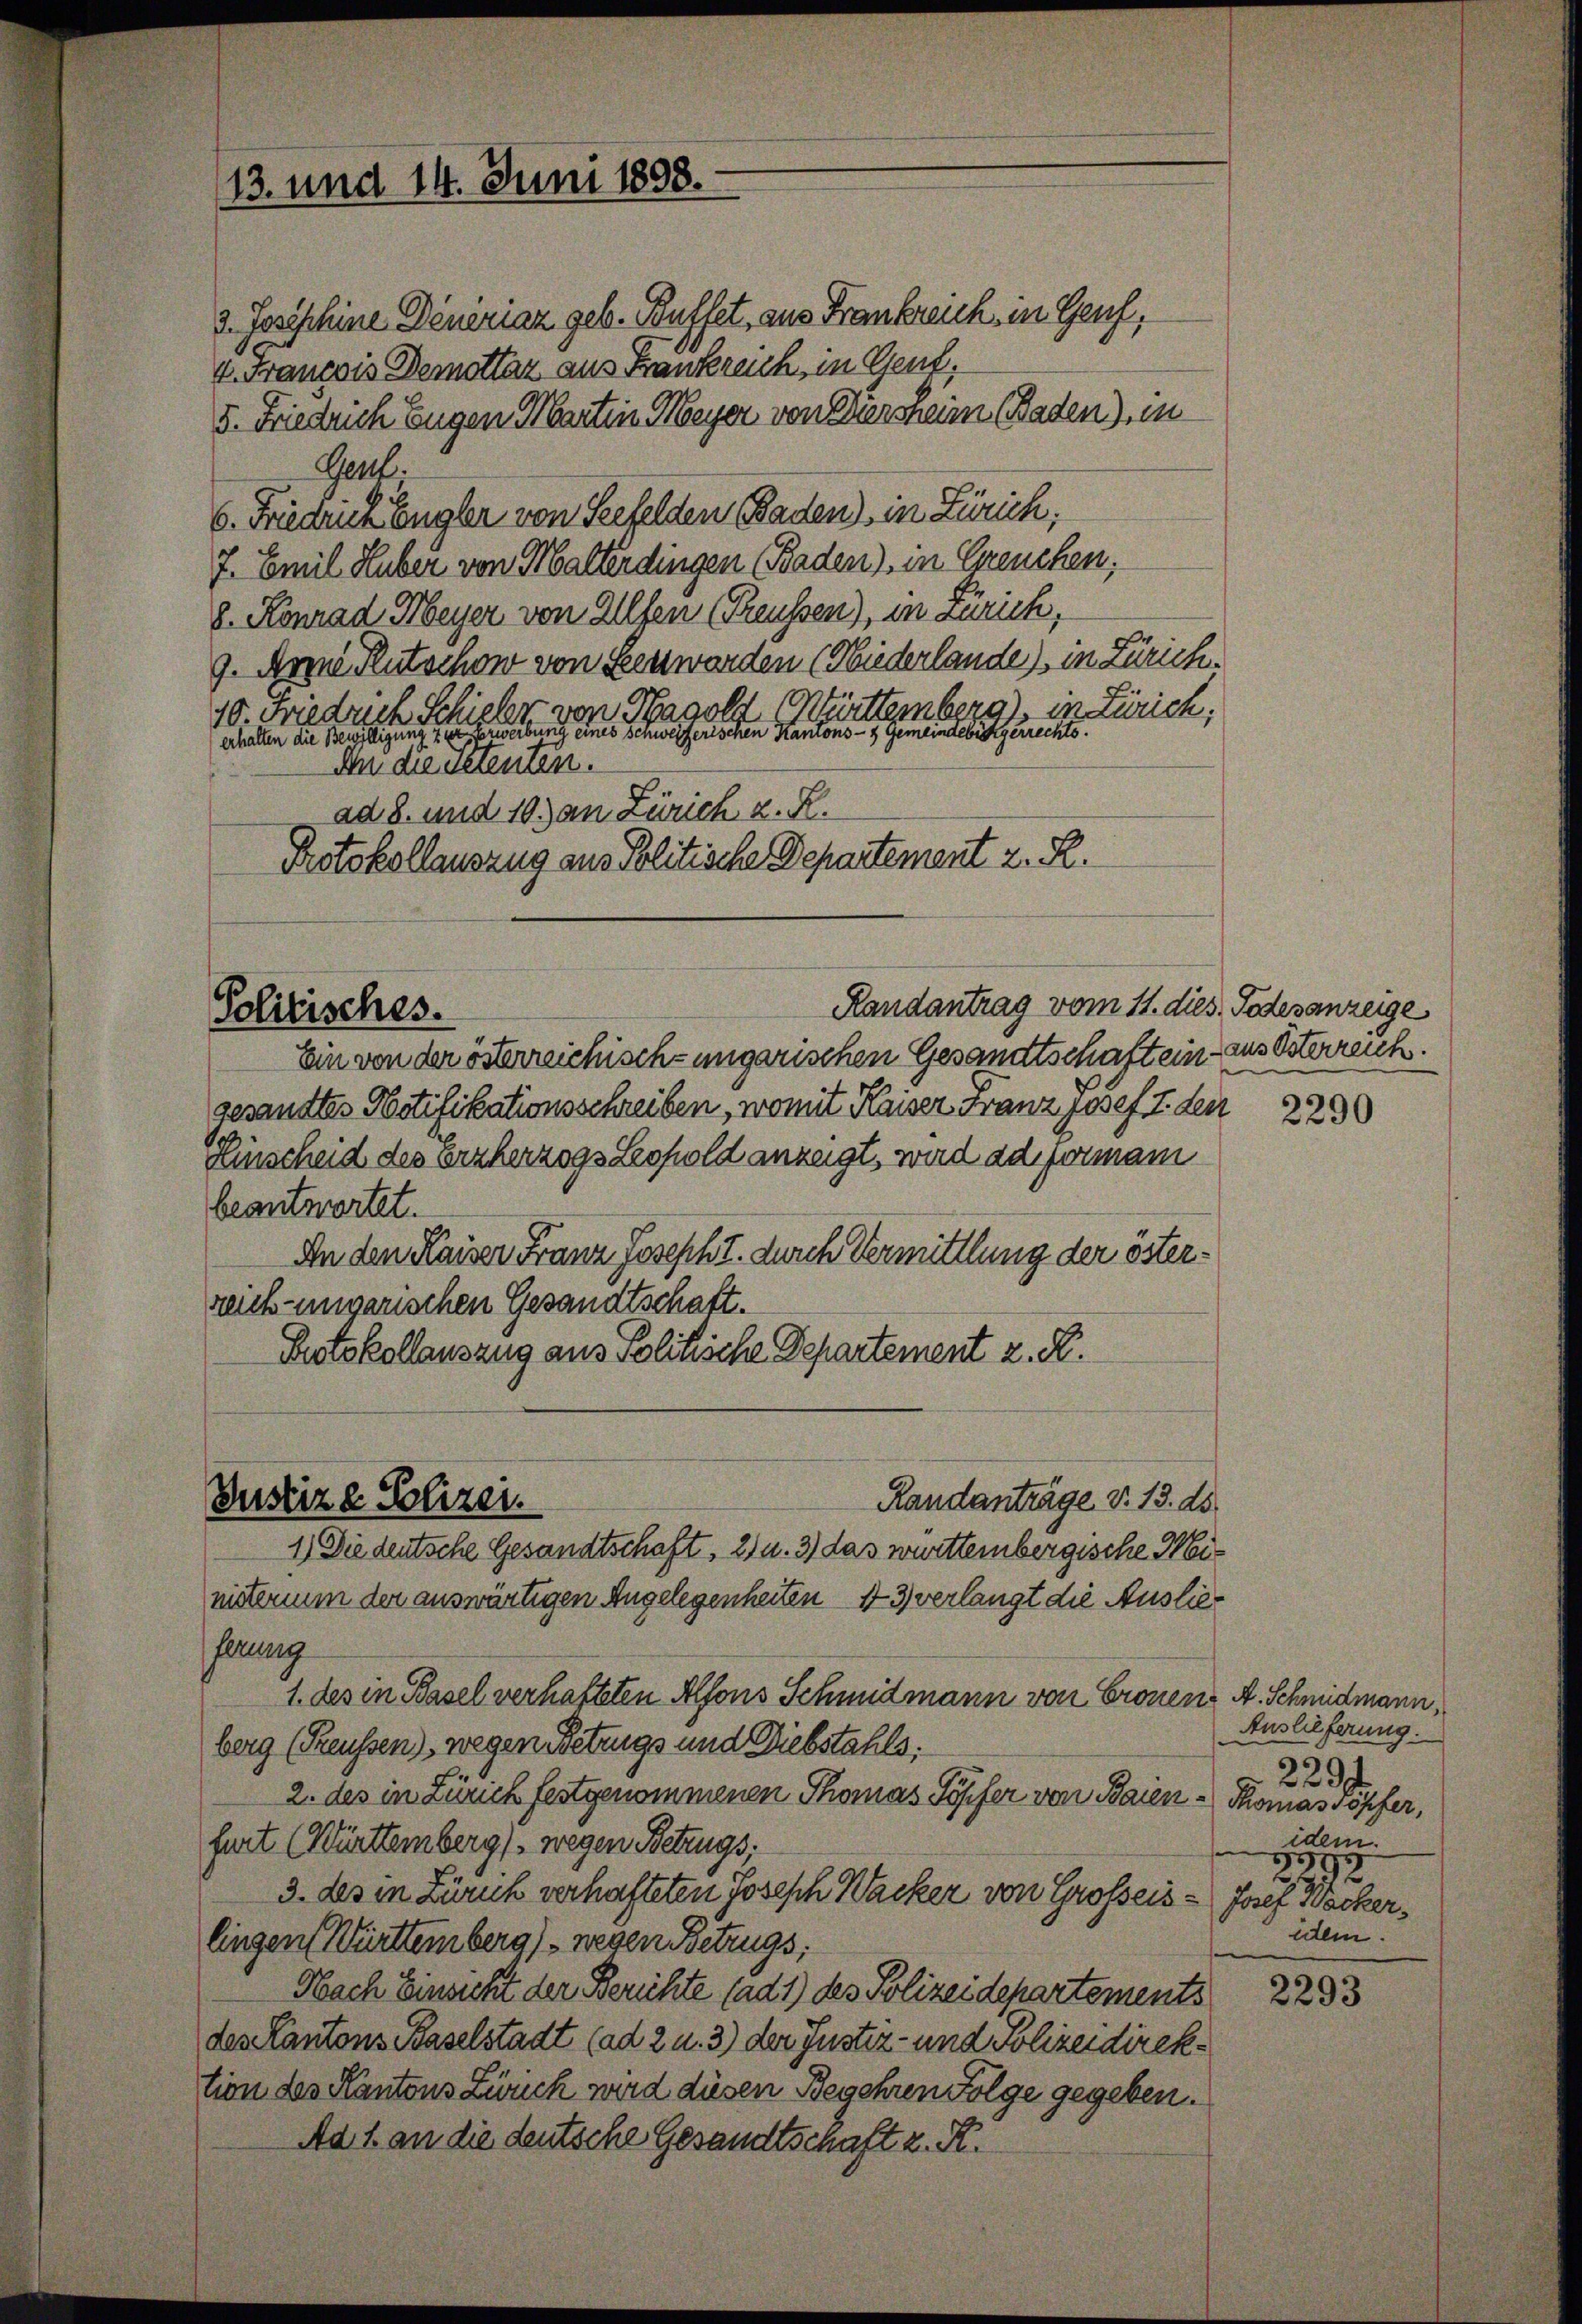
13. und 14. Juni 1898.

3. Josephine Deniriaz geb. Buffet, aus Frankreich, in Genf,
4. Francois Demottar aus Frankreich, in Genf,
5. Friedrich Eugen Martin Meyer von Dürsheim (Baden, in
Gent.
6. Friedrich Engler von Seefelden Baden, in Zürich;
7. Emil Huber von Malterdingen (Baden), in Greuchen,
8. Konrad Meyer von Allfen (Preussen), in Zürich,
9. Arzne Rutschon von Benworden (Niederlande), in Zürich¬
Württemberg), in Zürich;
10. Friedurch Schiler von Hals
erhalten die Bewilligung zur Verwerbung eines Schweizerischen Kantons- & Gemeindebürgerrechte.
An die seinen.
ad 8. und 10. an Zürich z. R.
Protokollauszug aus Politische Departement z. R.
Randantrag vom 11. dies Todesanzeige
Ein von der österreichisch-ungarischen Gesandtschaft eingesandtes Notifikationsschreiben, womit Kaiser Franz Josef I. den
Einscheid des Erzherzogs Leopold anzeigt, wird ad ermani
beantwortet.
An den Kaiser Franz Joseph I. durch Vermittlung der österreich-ungarischen Gesandtschaft.
Protokollausung aus Politische Departement z. R.
Randanträge v. 13. ds.
Justiz e Polizei.
1) Die deutsche Gesandtschaft, 2) u. 3) das württembergische Meiniterum der auswärtigen Angelegenheiten 4 3) verlangt die Auslieferung
1. des in Basel verhafteten Alfons Schmidmann von Cronen A. Schmidmann,
berg (Reussen), wegen Betrugs und Diebstahls:
2. des in Zürich festgenommenen Thomas Töpfer von Baien - Thomassöpfer,
furt (Württemberg) wegen Betrugs;
3. des in Zürich verhafteten Joseph Wacker von Großeis- Josef Wocherlingen Württemberg) - wegen Betrugs;
Nach Einsicht der Berichte (ad 1) des Polizeidepartements
des Cantons Baselstadt (ad 2 u. 3) der Justiz- und Polizeidirektion des Kantons Zwuch wird diesen Begehren Folge gegeben.
Ad 1 an die deutsche Gesandtschaft z. R.

Politisches.

aus Osterreich.

2290

Auslieferung.
2291
idem
229
idem.

2293